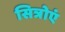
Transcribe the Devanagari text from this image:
सित्रोएं